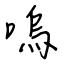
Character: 嗚